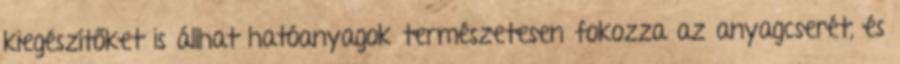
kiegészítőket is állhat hatóanyagok természetesen fokozza az anyagcserét, és